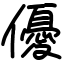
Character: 優